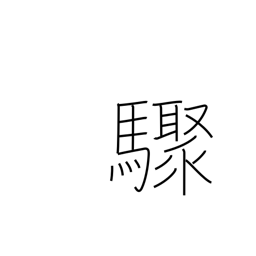
Meaning: suddenly